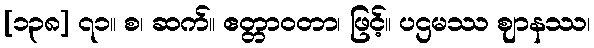
[၁၃၈] ၇၁။ စ၊ ဆက်။ ဧတ္တာဝတာ၊ ဖြင့်။ ပဌမဿ ဈာနဿ၊